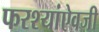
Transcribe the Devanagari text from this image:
फरश्यांऐवजी